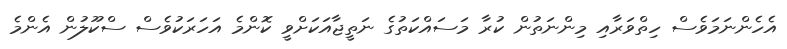
އެހެންނަމަވެސް ހިތްވަރާއި މިންނަތުން ކުރާ މަސައްކަތުގެ ނަތީޖާއަކަށްވީ ކޮންމެ އަހަރަކުވެސް ސްކޫލުން އެންމެ